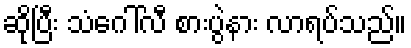
ဆိုပြီး သံဂေါ်လီ စားပွဲနား လာရပ်သည်။